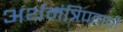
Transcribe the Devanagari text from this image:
अर्थमंत्रिपदाची